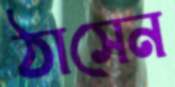
ঠাসেন